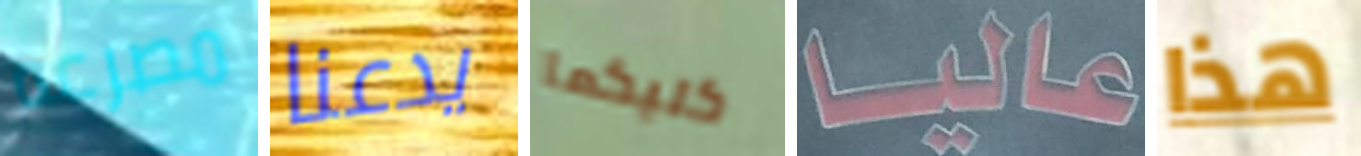
مصرعه يدعنا كليكما عاليا هذا